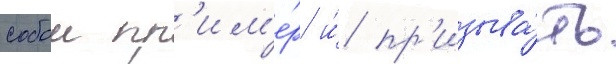
собои пр'им'е́р и́ пр'изыва́ть